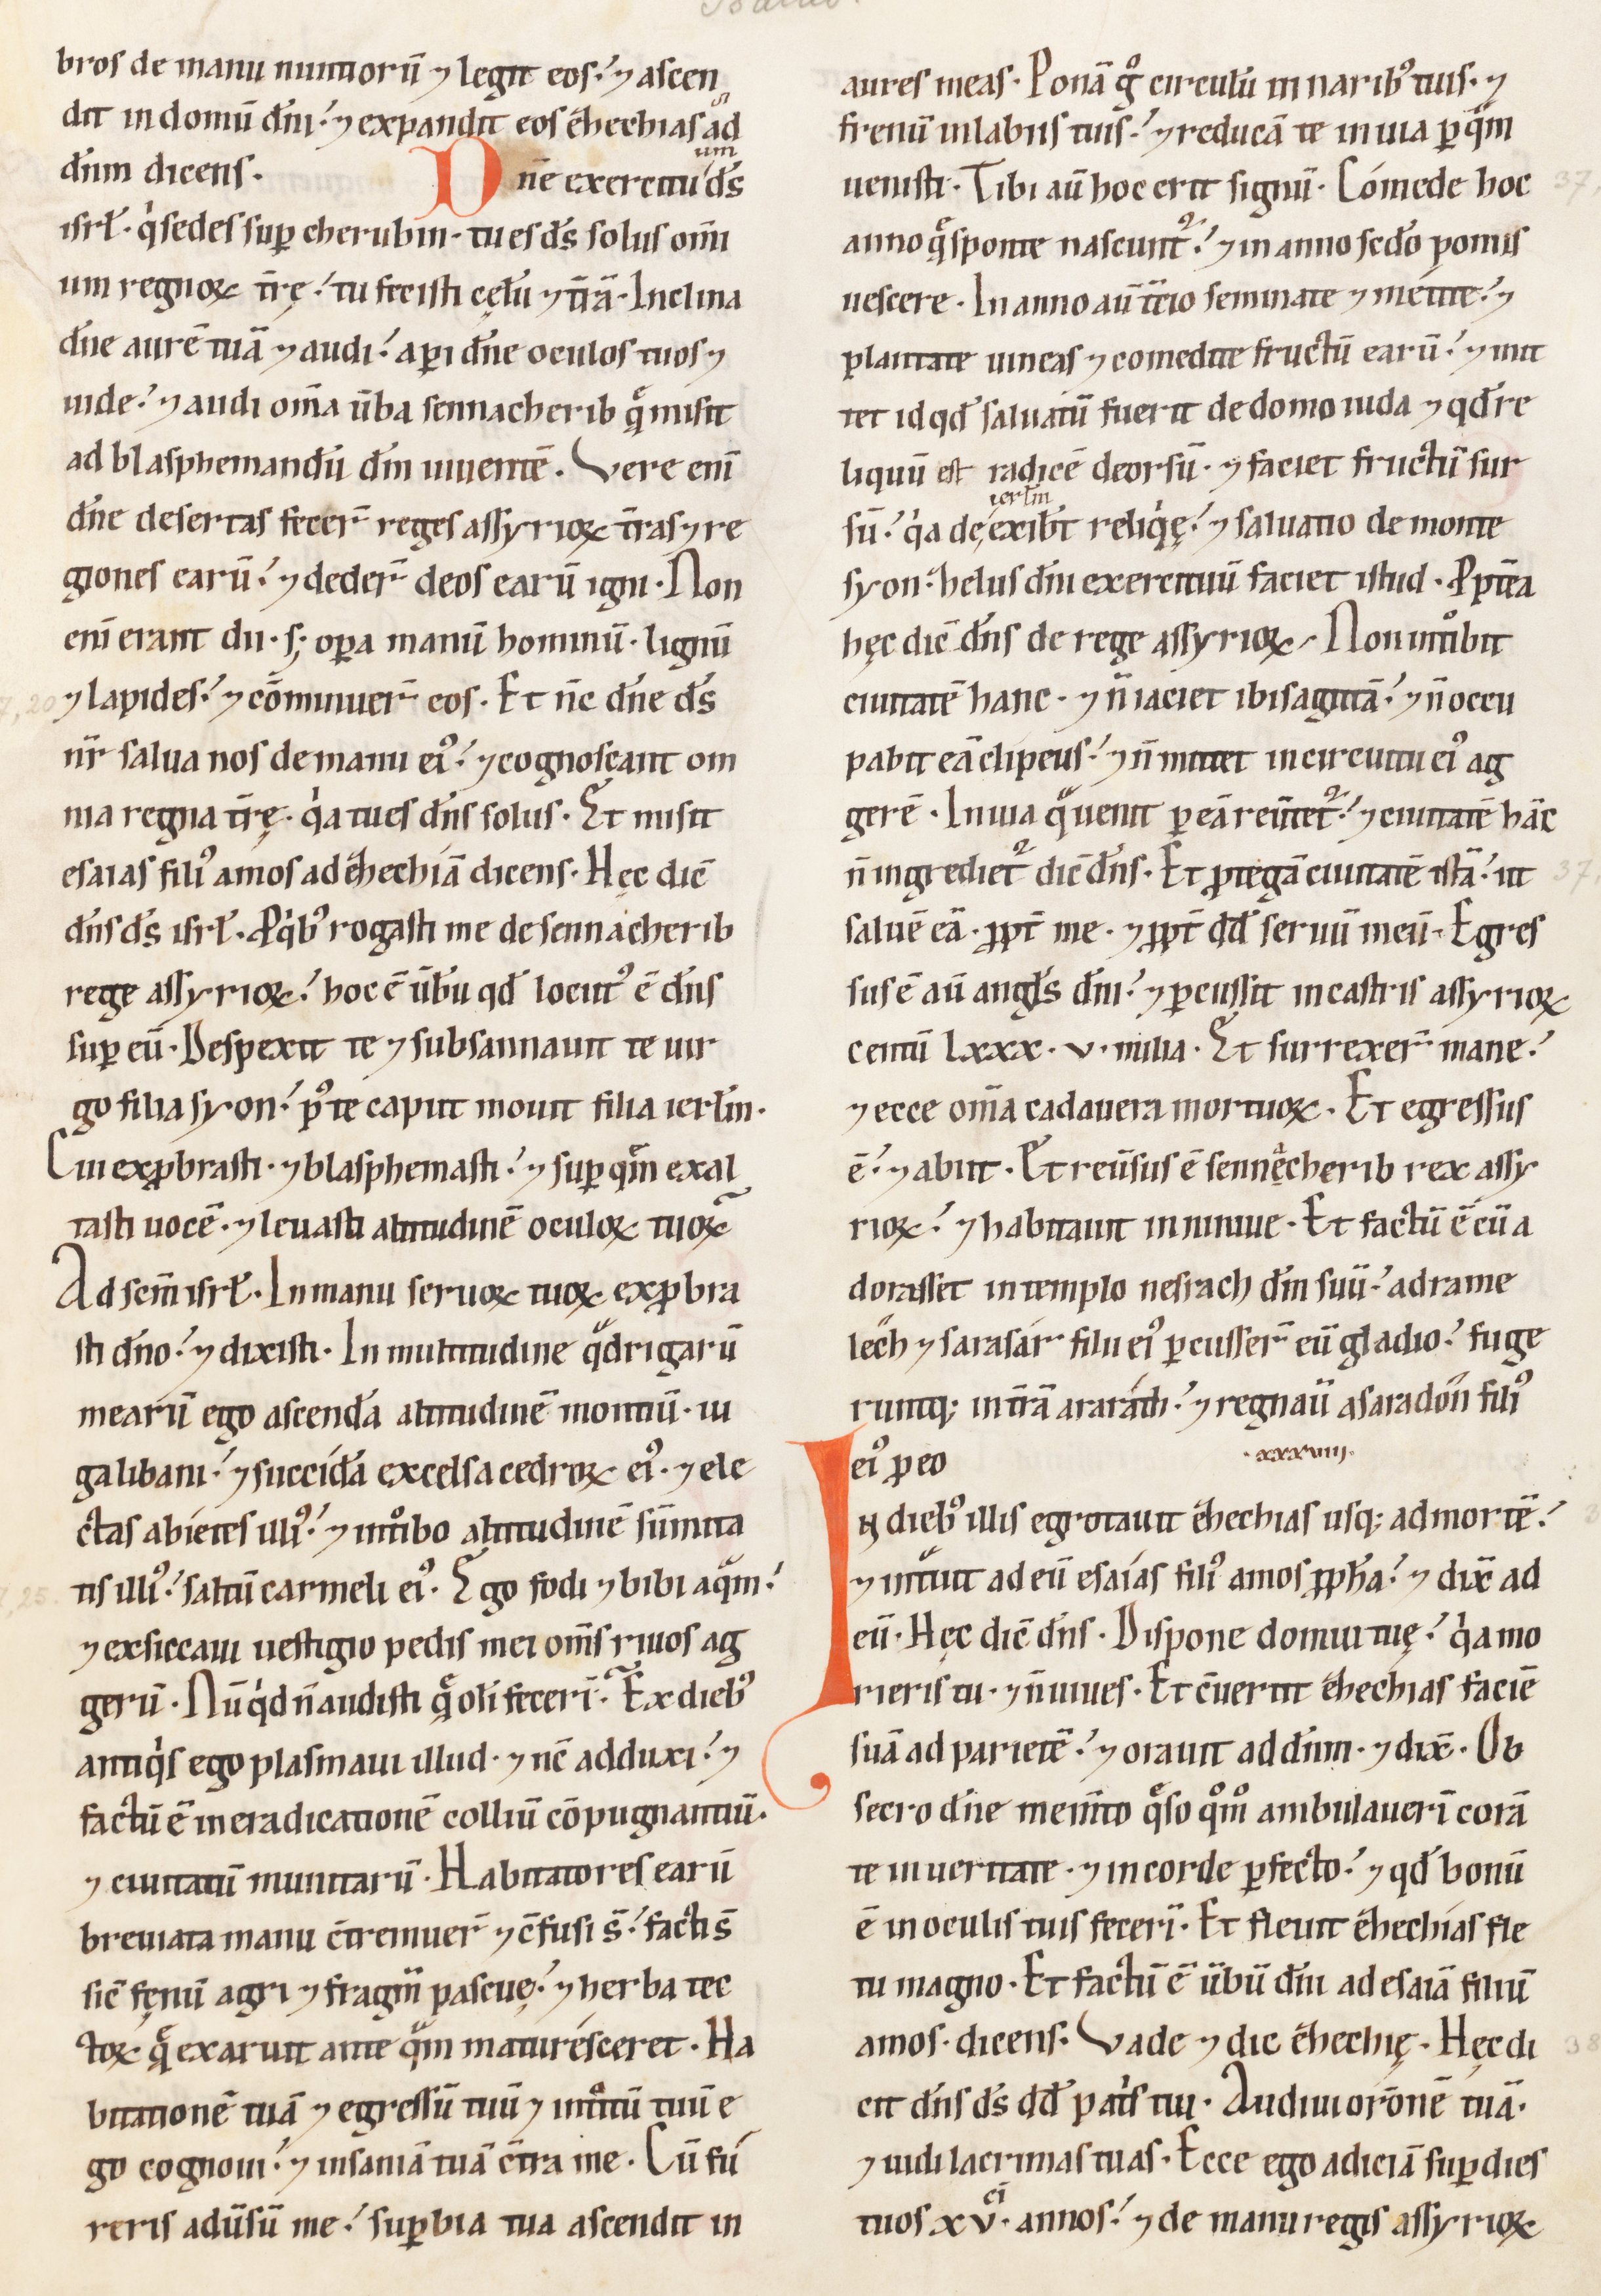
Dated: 1100–1199